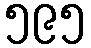
၅၉၅